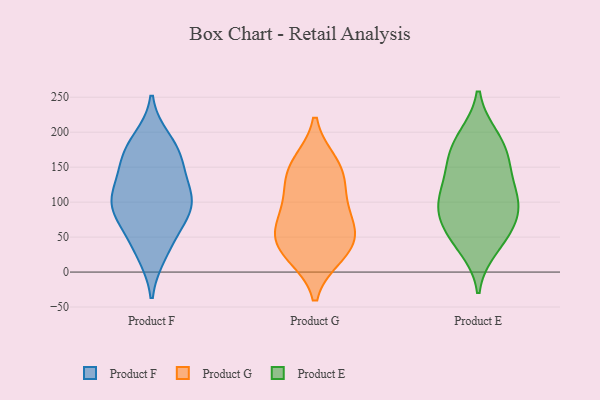
{"axis": {"x": "Gross Profit (USD K)", "y": "Value"}, "legend": ["Product E", "Product F", "Product G"], "data": [{"x": "", "y": 106, "type": "Product F"}, {"x": "", "y": 130, "type": "Product F"}, {"x": "", "y": 76, "type": "Product F"}, {"x": "", "y": 172, "type": "Product F"}, {"x": "", "y": 105, "type": "Product F"}, {"x": "", "y": 82, "type": "Product F"}, {"x": "", "y": 169, "type": "Product F"}, {"x": "", "y": 38, "type": "Product F"}, {"x": "", "y": 27, "type": "Product F"}, {"x": "", "y": 188, "type": "Product F"}, {"x": "", "y": 109, "type": "Product F"}, {"x": "", "y": 87, "type": "Product F"}, {"x": "", "y": 157, "type": "Product F"}, {"x": "", "y": 35, "type": "Product G"}, {"x": "", "y": 131, "type": "Product G"}, {"x": "", "y": 34, "type": "Product G"}, {"x": "", "y": 150, "type": "Product G"}, {"x": "", "y": 68, "type": "Product G"}, {"x": "", "y": 79, "type": "Product G"}, {"x": "", "y": 57, "type": "Product G"}, {"x": "", "y": 155, "type": "Product G"}, {"x": "", "y": 25, "type": "Product G"}, {"x": "", "y": 109, "type": "Product G"}, {"x": "", "y": 34, "type": "Product E"}, {"x": "", "y": 130, "type": "Product E"}, {"x": "", "y": 45, "type": "Product E"}, {"x": "", "y": 107, "type": "Product E"}, {"x": "", "y": 56, "type": "Product E"}, {"x": "", "y": 100, "type": "Product E"}, {"x": "", "y": 79, "type": "Product E"}, {"x": "", "y": 92, "type": "Product E"}, {"x": "", "y": 194, "type": "Product E"}, {"x": "", "y": 165, "type": "Product E"}, {"x": "", "y": 163, "type": "Product E"}, {"x": "", "y": 110, "type": "Product E"}, {"x": "", "y": 155, "type": "Product E"}, {"x": "", "y": 74, "type": "Product E"}, {"x": "", "y": 194, "type": "Product E"}]}